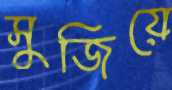
সুজিয়ে